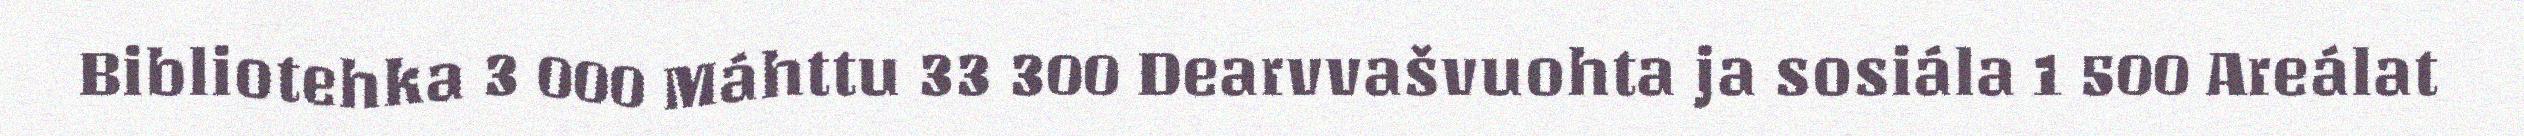
Bibliotehka 3 000 Máhttu 33 300 Dearvvašvuohta ja sosiála 1 500 Areálat